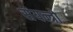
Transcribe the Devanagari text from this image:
संयन्त्रो